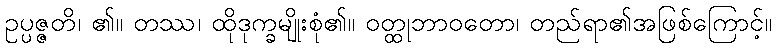
ဥပ္ပဇ္ဇတိ၊ ၏။ တဿ၊ ထိုဒုက္ခမျိုးစုံ၏။ ဝတ္ထုဘာဝတော၊ တည်ရာ၏အဖြစ်ကြောင့်။